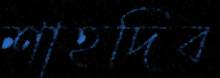
শাহদিব